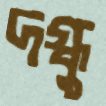
দগ্ধু